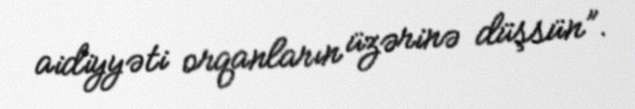
aidiyyəti orqanların üzərinə düşsün”.